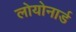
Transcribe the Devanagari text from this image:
लोयोनार्ड